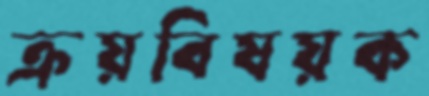
ক্রয়বিষয়ক